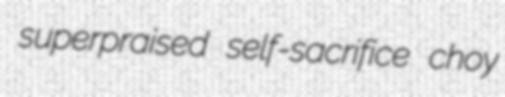
superpraised self-sacrifice choy